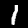
Label: 1